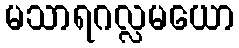
မသာရဂလ္လမယော